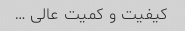
کیفیت و کمیت عالی …